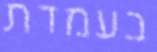
בעמדת